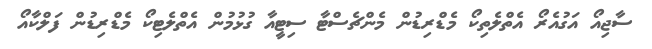
ސާޖިއޯ އަގުއެރޯ އެތްލެތިކޯ މެޑްރިޑުން މެންޗެސްޓާ ސިޓީއާ ގުޅުމުން އެތްލެޓިކޯ މެޑްރިޑުން ފަލްކާއޯ